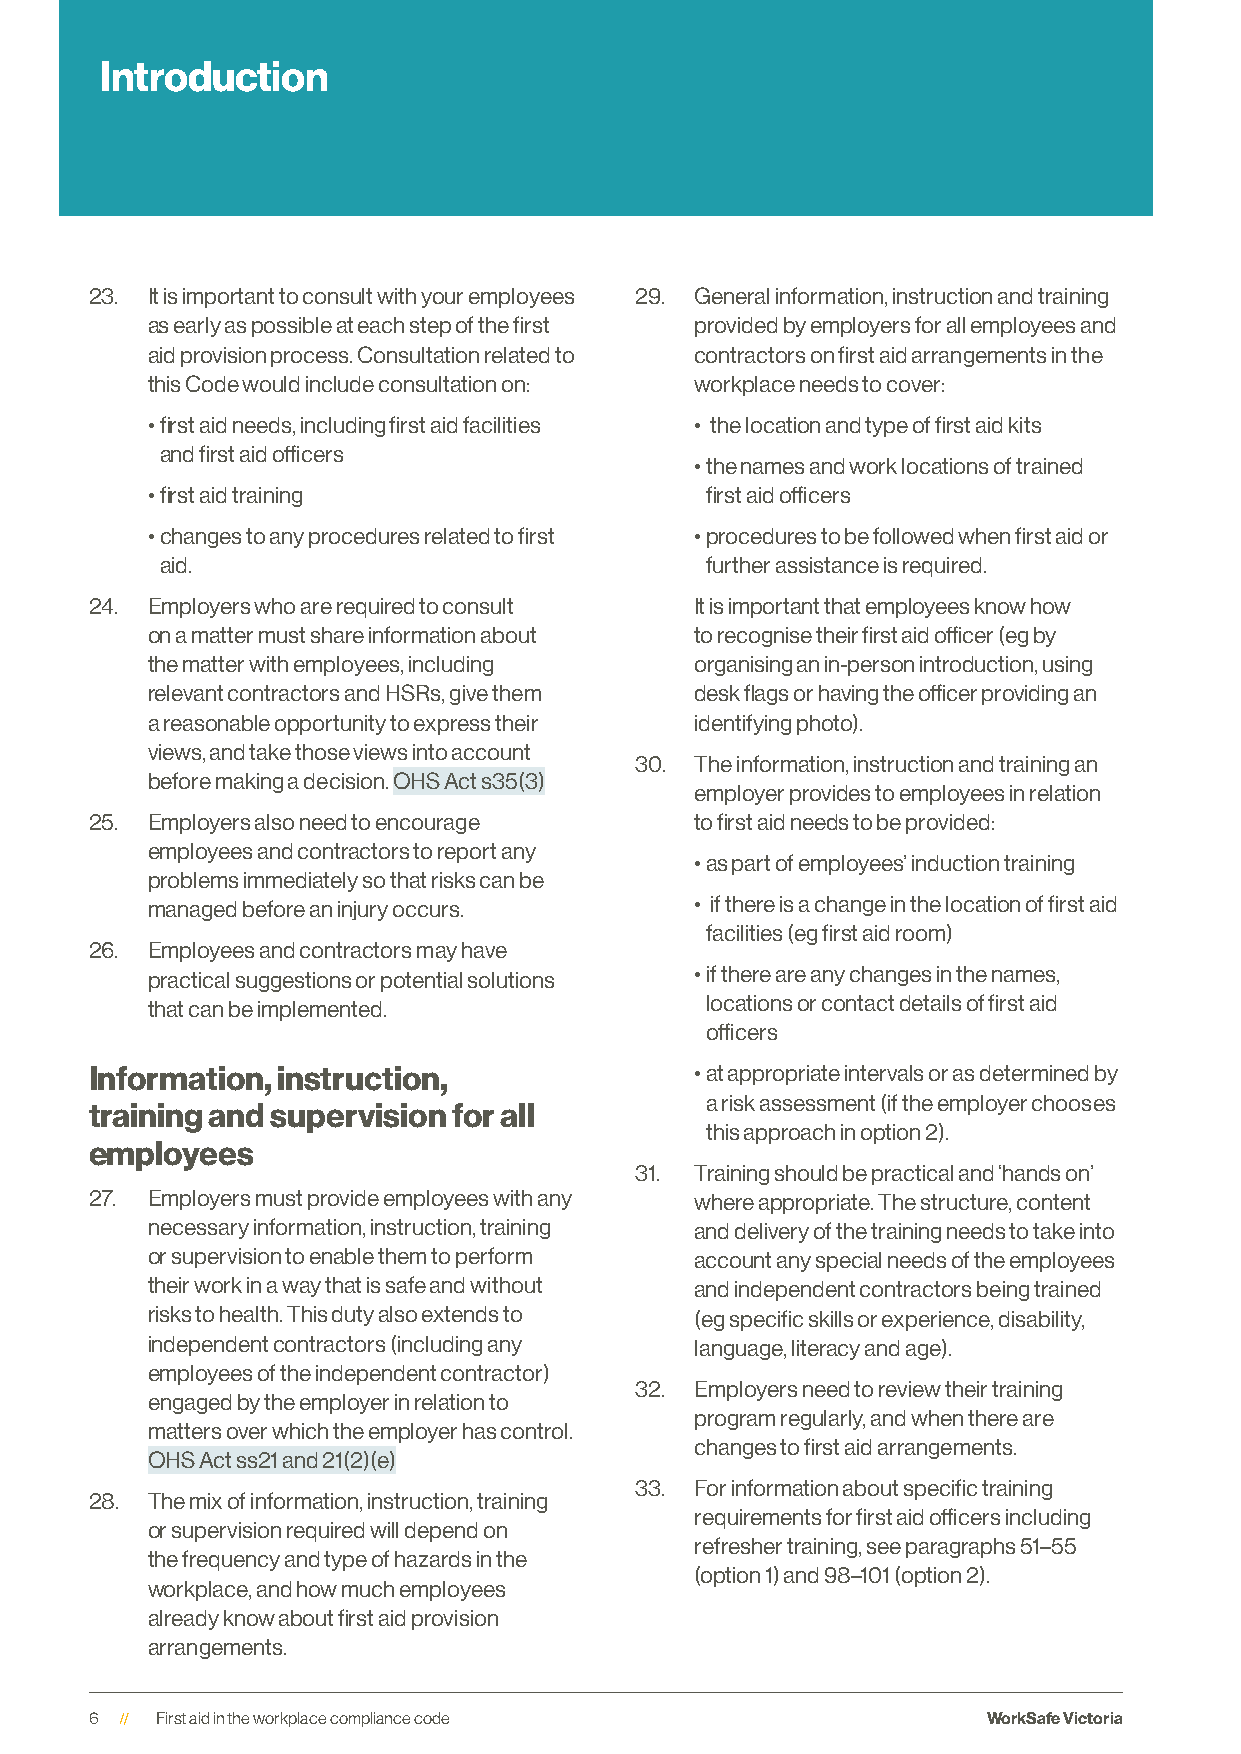
Introduction
 23. It is important to consult with your employees 29. General information, instruction and training
 as early as possible at each step of the first provided by employers for all employees and
 aid provision process. Consultation related to contractors on first aid arrangements in the
 this Code would include consultation on: workplace needs to cover:
 • first aid needs, including first aid facilities • the location and type of first aid kits
 and first aid officers
 • the names and work locations of trained
 • first aid training                 first aid officers
 • changes to any procedures related to first • procedures to be followed when first aid or
 aid.                                further assistance is required.
 24. Employers who are required to consult It is important that employees know how
 on a matter must share information about to recognise their first aid officer (eg by
 the matter with employees, including organising an in-person introduction, using
 relevant contractors and HSRs, give them desk flags or having the officer providing an
 a reasonable opportunity to express their identifying photo).
 views, and take those views into account
 30. The information, instruction and training an
 before making a decision. OHS Act s35(3)
 employer provides to employees in relation
 25. Employers also need to encourage    to first aid needs to be provided:
 employees and contractors to report any
 • as part of employees’ induction training
 problems immediately so that risks can be
 managed before an injury occurs.    • if there is a change in the location of first aid
 facilities (eg first aid room)
 26. Employees and contractors may have
 practical suggestions or potential solutions • if there are any changes in the names,
 that can be implemented.             locations or contact details of first aid
 officers
 Information, instruction,               • at appropriate intervals or as determined by
 a risk assessment (if the employer chooses
 training and supervision for all
 this approach in option 2).
 employees
 31. Training should be practical and ‘hands on’
 27. Employers must provide employees with any where appropriate. The structure, content
 necessary information, instruction, training and delivery of the training needs to take into
 or supervision to enable them to perform account any special needs of the employees
 their work in a way that is safe and without and independent contractors being trained
 risks to health. This duty also extends to (eg specific skills or experience, disability,
 independent contractors (including any language, literacy and age).
 employees of the independent contractor)
 32. Employers need to review their training
 engaged by the employer in relation to
 program regularly, and when there are
 matters over which the employer has control.
 changes to first aid arrangements.
 OHS Act ss21 and 21(2)(e)
 33. For information about specific training
 28. The mix of information, instruction, training
 requirements for first aid officers including
 or supervision required will depend on
 refresher training, see paragraphs 51–55
 the frequency and type of hazards in the
 (option 1) and 98–101 (option 2).
 workplace, and how much employees
 already know about first aid provision
 arrangements.
 6   First aid in the workplace compliance code             WorkSafe Victoria